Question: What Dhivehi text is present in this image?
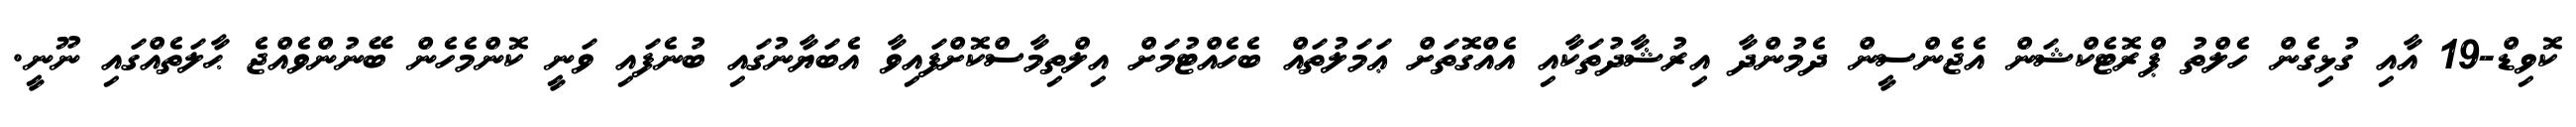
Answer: ކޮވިޑް-19 އާއި ގުޅިގެން ހެލްތު ޕްރޮޓެކްޝަން އެޖެންސީން ދެމުންދާ އިރުޝާދުތަކާއި އެއްގޮތަށް ޢަމަލުތައް ބެހެއްޓުމަށް އިލްތިމާސްކޮށްފައިވާ އެބަޔާނުގައި ބުނެފައި ވަނީ ކޮންމެހެން ބޭނުންވެއްޖެ ޙާލަތެއްގައި ނޫނީ.